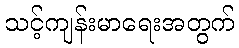
သင့်ကျန်းမာရေးအတွက်